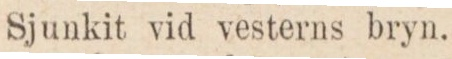
Sjunkit vid vesterns bryn.